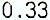
0.33